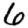
Digit: 6